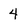
Character: 4